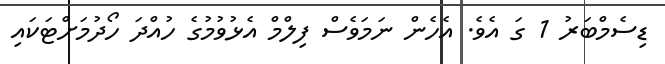
ޑިސެމްބަރު 1 ގަ އެވެ. އެހެން ނަމަވެސް ފިލްމް އެޅުވުމުގެ ހުއްދަ ހޯދުމަށްޓަކައި